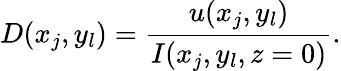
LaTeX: D(x_{j},y_{l})=\frac{u(x_{j},y_{l})}{I(x_{j},y_{l},z=0)}.